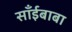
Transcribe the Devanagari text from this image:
साँईबाबा